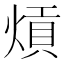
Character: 熕